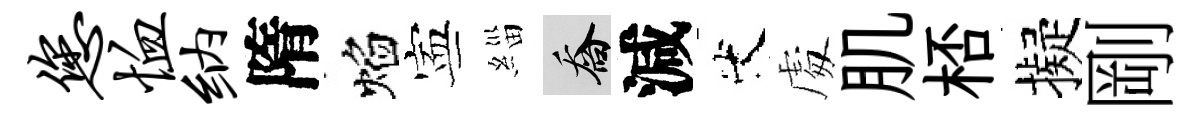
您恤纳隋焰寕緇喬減代䖏肌桮擬剛